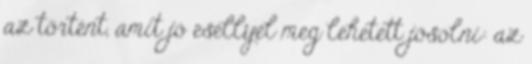
az történt, amit jó eséllyel meg lehetett jósolni: az